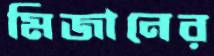
মিজানের